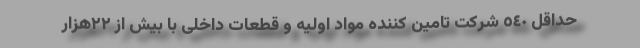
حداقل ٥٤٠ شرکت تامین کننده مواد اولیه و قطعات داخلی با بیش از ٢٢هزار